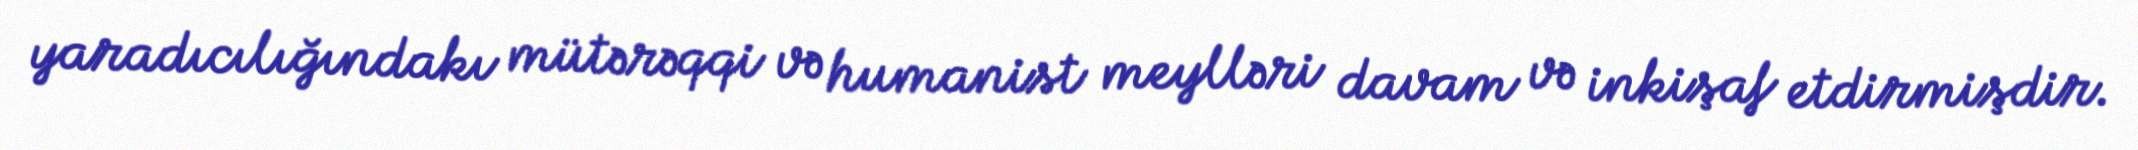
yaradıcılığındakı mütərəqqi və humanist meylləri davam və inkişaf etdirmişdir.